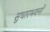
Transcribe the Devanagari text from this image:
सुधारभवनों